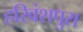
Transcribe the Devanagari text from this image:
हरिवंशपुरा